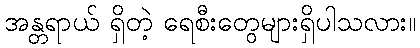
အန္တရာယ် ရှိတဲ့ ရေစီးတွေများရှိပါသလား။